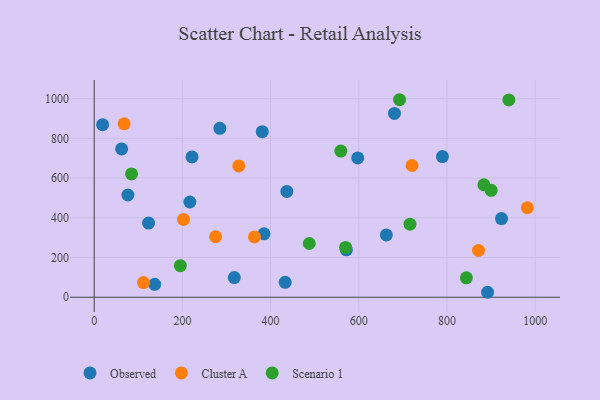
{"axis": {"x": "Engine Size", "y": "Yield"}, "legend": ["Cluster A", "Observed", "Scenario 1"], "data": [{"x": "381.1", "y": 833.9, "type": "Observed"}, {"x": "76.4", "y": 514.8, "type": "Observed"}, {"x": "597.6", "y": 701.7, "type": "Observed"}, {"x": "436.9", "y": 532.8, "type": "Observed"}, {"x": "221.8", "y": 706.8, "type": "Observed"}, {"x": "923.7", "y": 396.1, "type": "Observed"}, {"x": "19.1", "y": 869.0, "type": "Observed"}, {"x": "789.7", "y": 708.2, "type": "Observed"}, {"x": "385.1", "y": 319.4, "type": "Observed"}, {"x": "62.2", "y": 747.1, "type": "Observed"}, {"x": "123.3", "y": 373.6, "type": "Observed"}, {"x": "571.8", "y": 238.9, "type": "Observed"}, {"x": "662.5", "y": 313.8, "type": "Observed"}, {"x": "680.9", "y": 925.9, "type": "Observed"}, {"x": "137.2", "y": 65.0, "type": "Observed"}, {"x": "892.0", "y": 24.9, "type": "Observed"}, {"x": "433.1", "y": 75.0, "type": "Observed"}, {"x": "284.9", "y": 850.5, "type": "Observed"}, {"x": "317.7", "y": 98.7, "type": "Observed"}, {"x": "216.9", "y": 479.7, "type": "Observed"}, {"x": "111.7", "y": 73.6, "type": "Cluster A"}, {"x": "720.8", "y": 663.5, "type": "Cluster A"}, {"x": "871.5", "y": 235.6, "type": "Cluster A"}, {"x": "202.5", "y": 391.8, "type": "Cluster A"}, {"x": "363.4", "y": 303.9, "type": "Cluster A"}, {"x": "67.9", "y": 873.4, "type": "Cluster A"}, {"x": "982.3", "y": 451.0, "type": "Cluster A"}, {"x": "275.3", "y": 304.5, "type": "Cluster A"}, {"x": "327.8", "y": 661.5, "type": "Cluster A"}, {"x": "84.7", "y": 621.1, "type": "Scenario 1"}, {"x": "940.3", "y": 993.5, "type": "Scenario 1"}, {"x": "559.3", "y": 736.0, "type": "Scenario 1"}, {"x": "570.1", "y": 250.9, "type": "Scenario 1"}, {"x": "883.7", "y": 566.2, "type": "Scenario 1"}, {"x": "844.0", "y": 97.7, "type": "Scenario 1"}, {"x": "487.7", "y": 270.6, "type": "Scenario 1"}, {"x": "692.4", "y": 994.7, "type": "Scenario 1"}, {"x": "716.1", "y": 367.7, "type": "Scenario 1"}, {"x": "900.2", "y": 538.3, "type": "Scenario 1"}, {"x": "195.3", "y": 159.1, "type": "Scenario 1"}]}